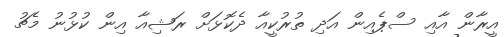
އީރާން އާއި ސްޕެއިން އަދި ތުރުކީއާ ދެކޮޅަށް ރަޝިއާ އިން ކުޅުނު މެޗު